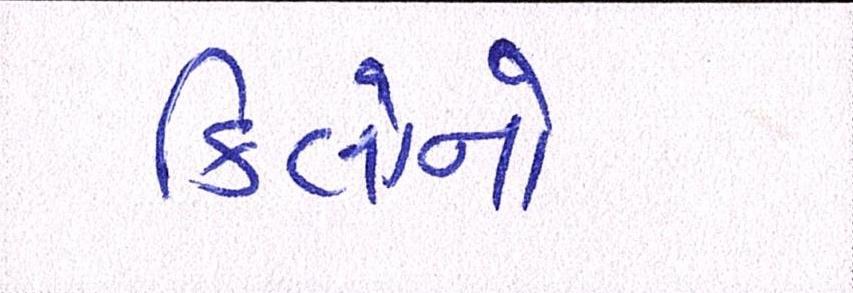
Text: કિલોનો